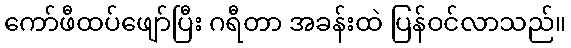
ကော်ဖီထပ်ဖျော်ပြီး ဂရီတာ အခန်းထဲ ပြန်ဝင်လာသည်။